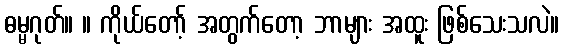
ဓမ္မဂုတ်။ ။ ကိုယ်တော့် အတွက်တော့ ဘာများ အထူး ဖြစ်သေးသလဲ။